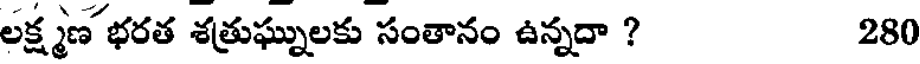
లక్ష్మణ భరత శత్రుఘ్నులకు సంతానం ఉన్నదా ? 280